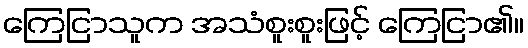
ကြေငြာသူက အသံစူးစူးဖြင့် ကြေငြာ၏။